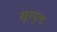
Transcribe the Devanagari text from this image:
खुरयुक्त